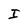
Character: I